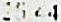
25.44